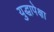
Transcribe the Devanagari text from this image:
युद्धापेक्षा